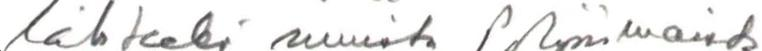
lähteekö muista Pohjoismaista